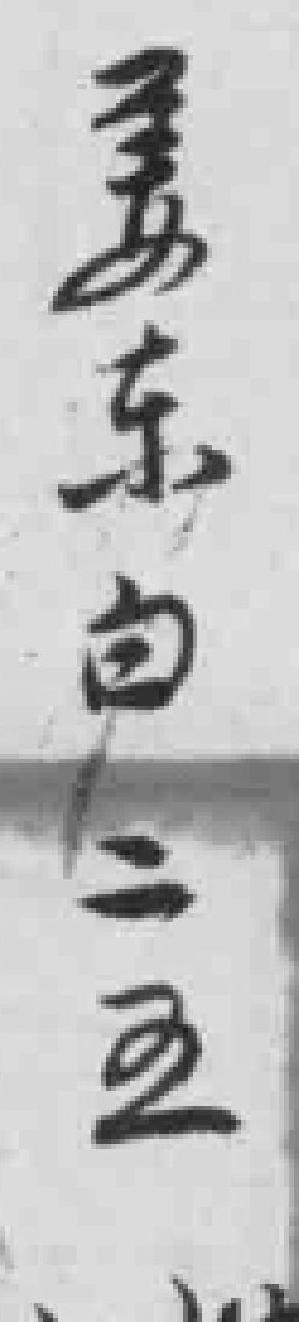
姜东白二五